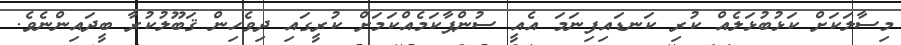
މިސާލަކަށް ކަޅުބުޅަލެއް ކުރި ކަނޑައިފިނަމަ އެއީ ސުންޕާކަމެއްކަމަށް ކުރީގައި ދިވެހިން ޤަބޫލުކުރާ ބީދައިންނެވެ.